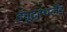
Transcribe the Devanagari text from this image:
ड्यूट्स्चलैंड